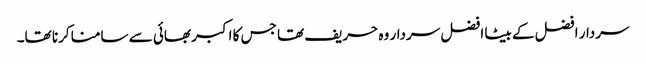
سردار افضل کے بیٹا افضل سردار وہ حریف تھا جس کا اکبر بھائی سے سامنا کرنا تھا۔